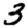
Digit: 3